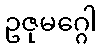
ဥဇုမဂ္ဂေါ